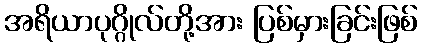
အရိယာပုဂ္ဂိုလ်တို့အား ပြစ်မှားခြင်းဖြစ်